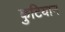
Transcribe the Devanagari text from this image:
कुटियान